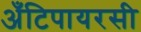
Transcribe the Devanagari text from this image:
अँटिपायरसी